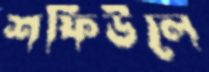
শফিউলে